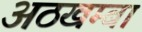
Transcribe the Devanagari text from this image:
अठखम्बा